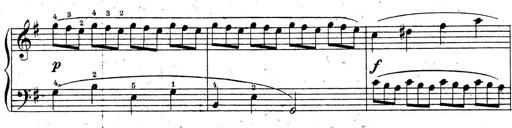
Title: 10 Sonatinas
Composer: Fritz Spindler